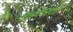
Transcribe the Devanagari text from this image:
विनायकरावांचा